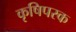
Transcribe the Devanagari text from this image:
कृषिपरक